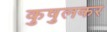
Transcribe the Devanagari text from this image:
कुषुलकर